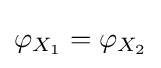
\varphi _{X_{1}}=\varphi _{X_{2}}